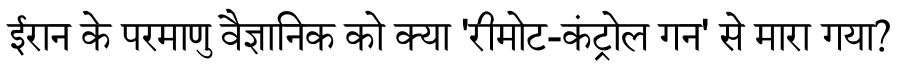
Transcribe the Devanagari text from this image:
ईरान के परमाणु वैज्ञानिक को क्या 'रीमोट-कंट्रोल गन' से मारा गया?